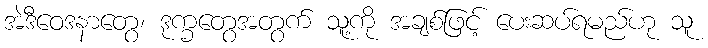
အဲဒီဝေဒနာတွေ၊ ဒုက္ခတွေအတွက် သူ့ကို အချစ်ဖြင့် ပေးဆပ်ရမည်ဟု သူ